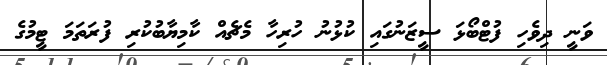
ވަނީ ދިވެހި ފުޓްބޯޅަ ސީޒަނުގައި ކުޅުނު ހުރިހާ މެޗެއް ކާމިޔާބުކުރި ފުރަތަމަ ޓީމުގެ